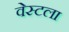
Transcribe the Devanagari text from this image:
वेस्टला